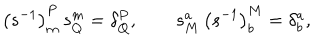
\left( s ^ { - 1 } \right) _ { m } ^ { P } \, s _ { Q } ^ { m } = \delta _ { Q } ^ { P } , \qquad s _ { M } ^ { a } \, \left( s ^ { - 1 } \right) _ { b } ^ { M } = \delta _ { b } ^ { a } ,